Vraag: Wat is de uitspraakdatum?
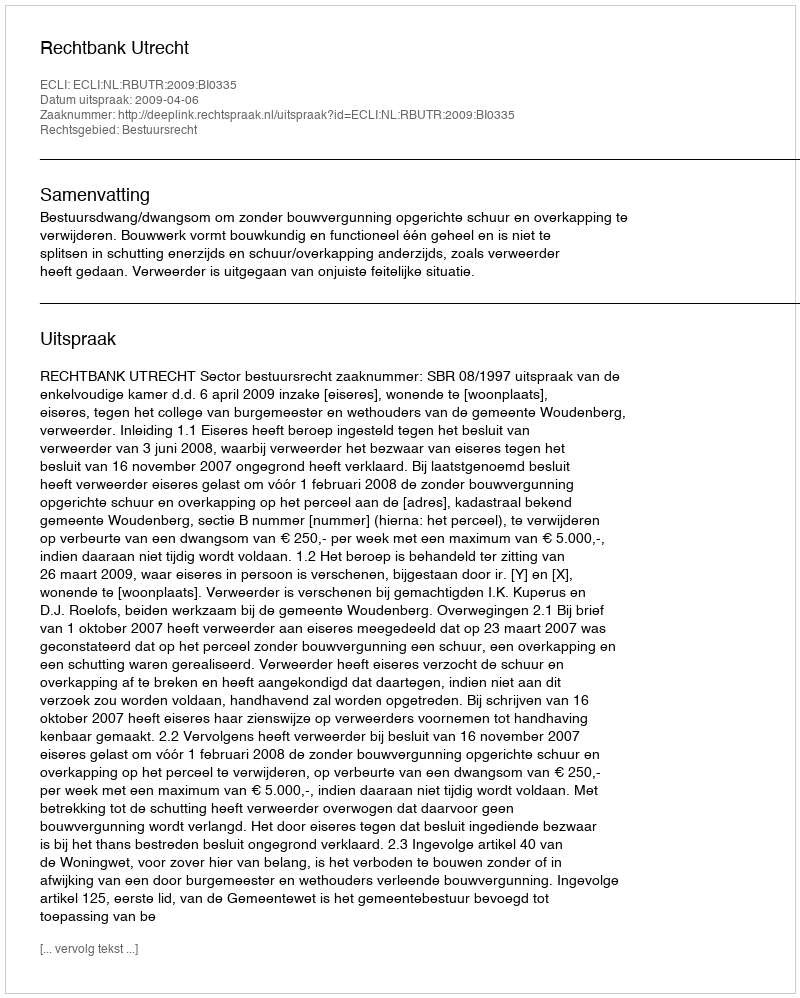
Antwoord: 2009-04-06